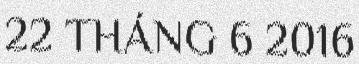
22 THÁNG 6 2016